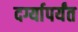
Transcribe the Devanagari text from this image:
दर्ग्यापर्यंत